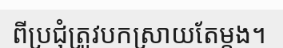
ពីប្រជុំត្រូវបកស្រាយតែម្តង។